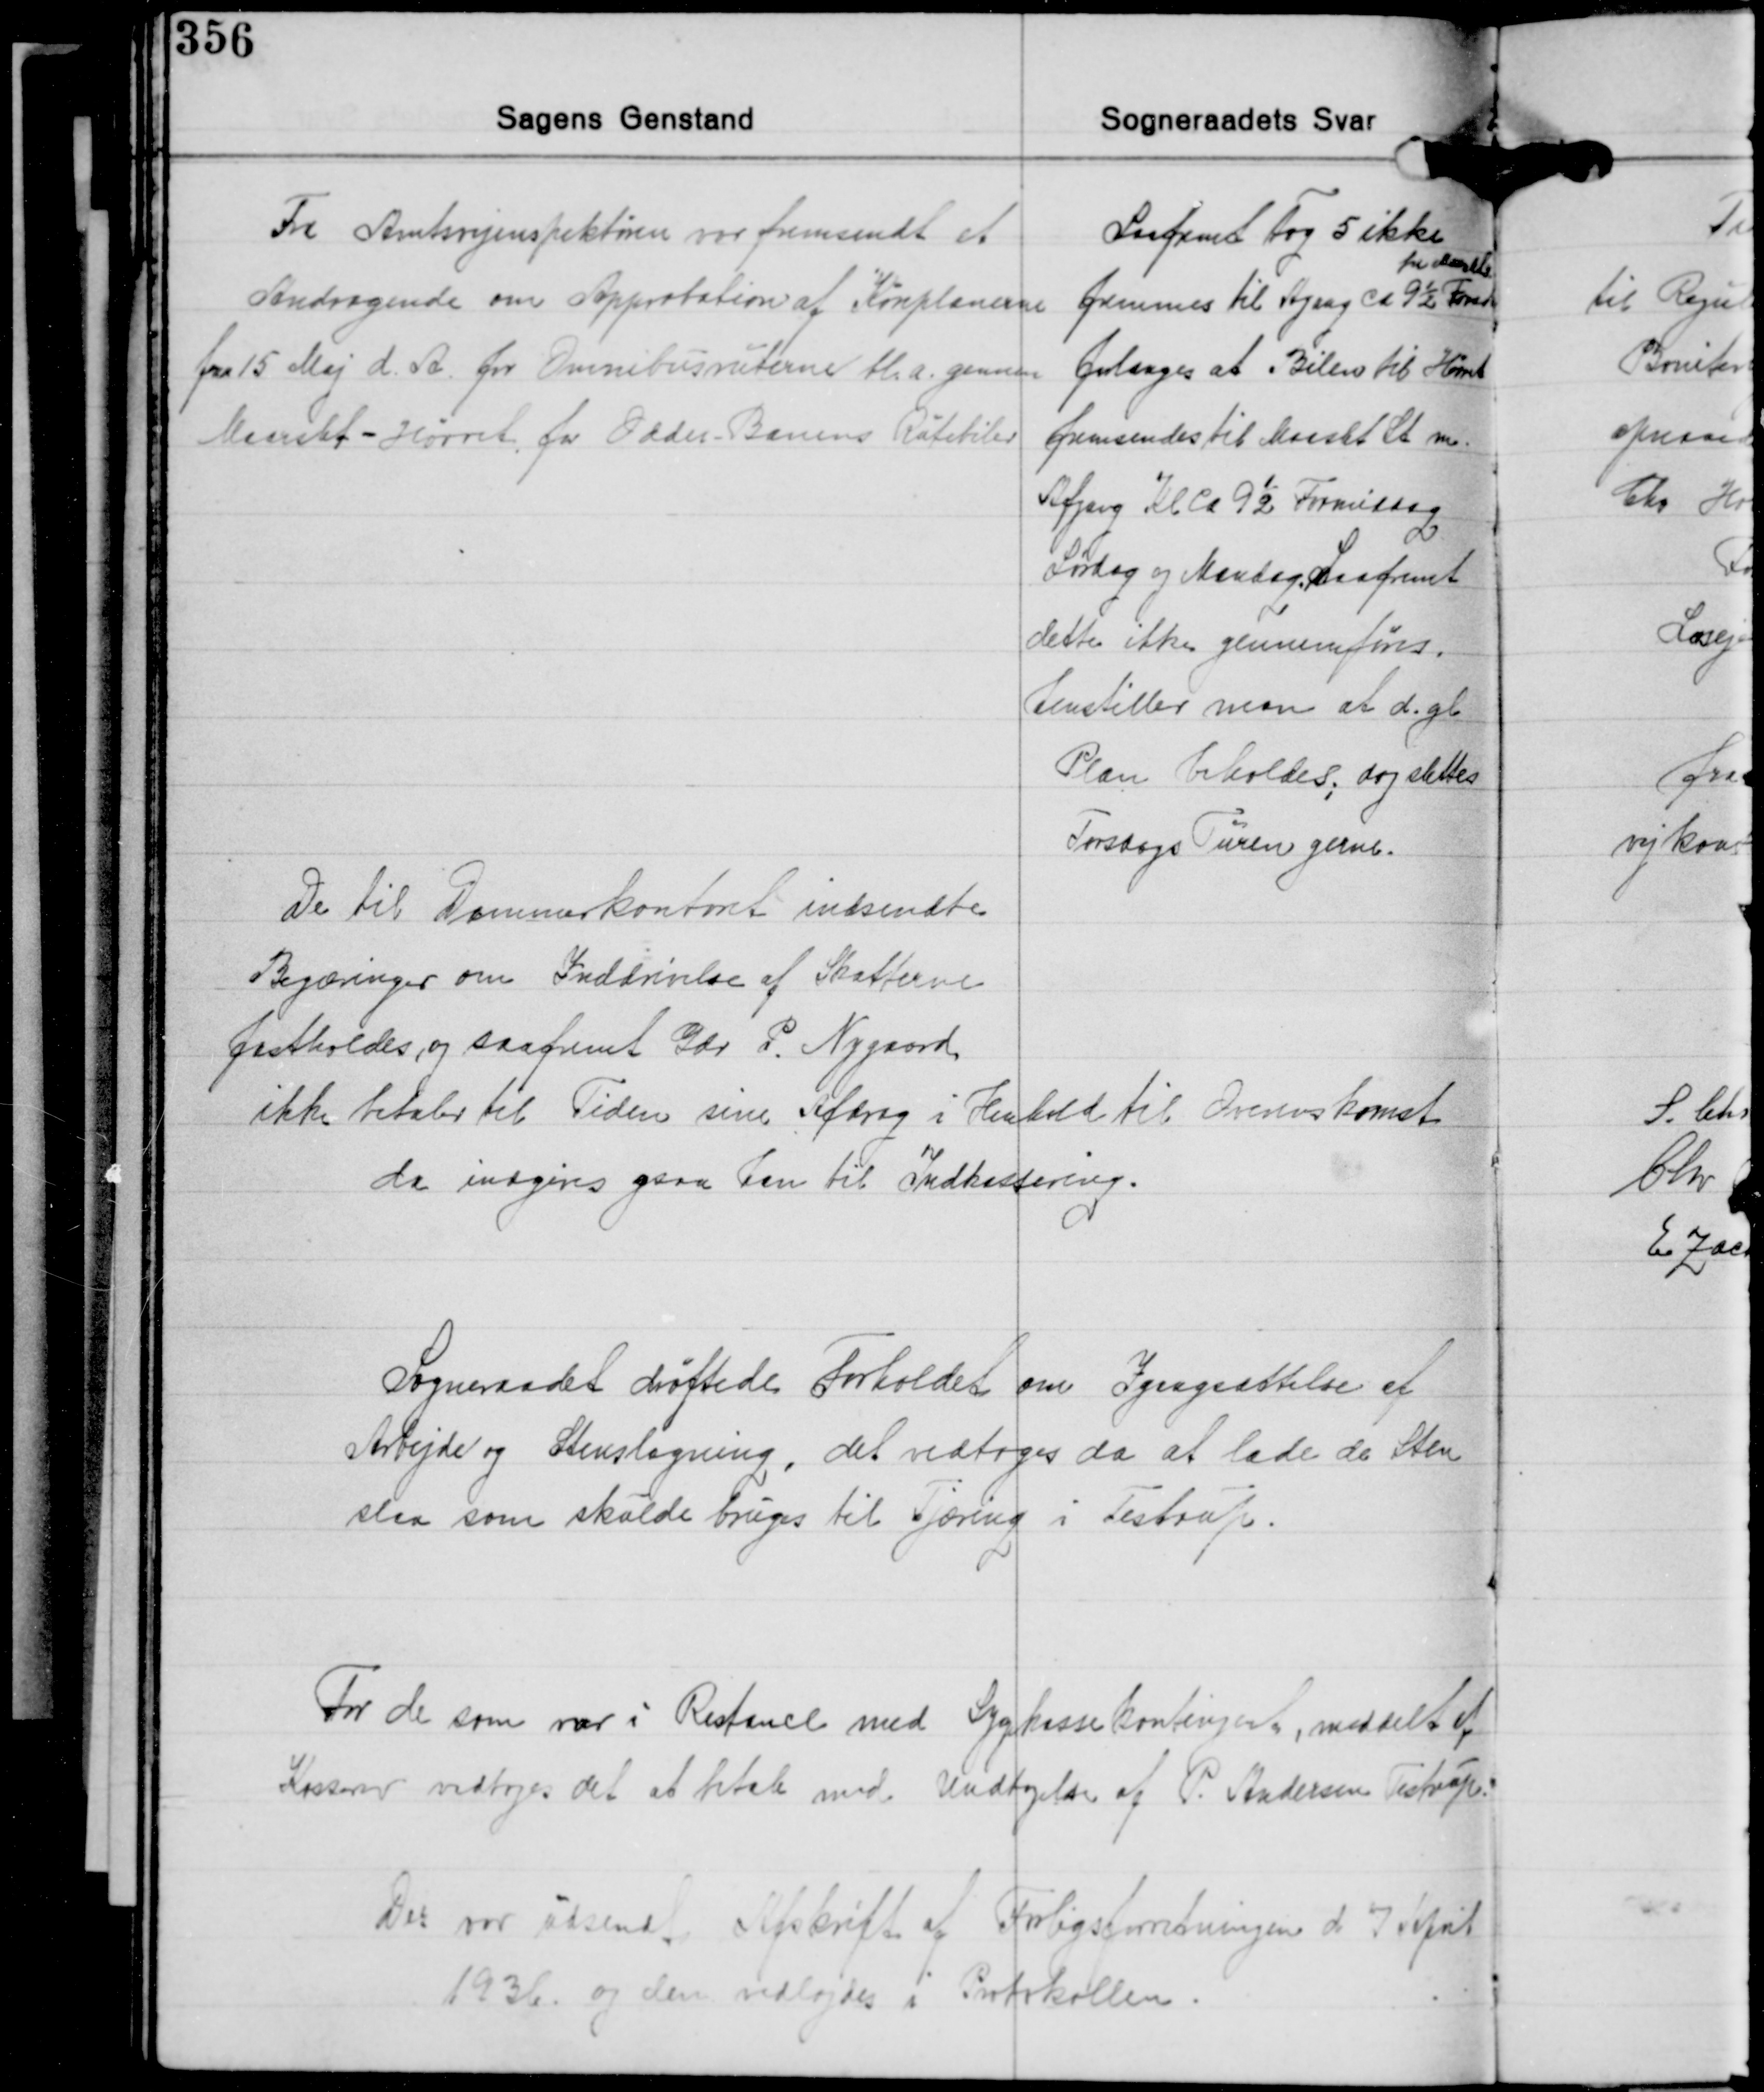
Transskription:
Fra Amtsvejinspektøren var fremsendt et
Andragende om Approbation af Køreplanerne
fra 15 Maj d. A. for Omnibusruterne bl.a. gennem
Maarslet-Hørret, for Odder-Banens Rutebiler.

Saafremt Tog 5 ikke
fra Maarslet
fremmes til Afgang ca 9½ Formiddag
forlanges at Bilen til Hørret
fremsendes til Maarslet St. m.
Afgang Kl. Ca. 9½ Formiddag
Lørdag og Mandag. Saafremt
dette ikke gennemføres,
henstiller man at d. gl.
Plan biholdes, dog slettes
Torsdags Turen gerne.

De til Dommerkontoret indsendte
Begæringer om Inddrivelse af Skatterne
fastholdes, og saafremt Gdr. P. Nygaard
ikke betaler til Tiden sine Afdrag i Henhold til Overenskomst
da indgives ogsaa han til Indkassering.

Sogneraadet drøftede forholdet om Igangsættelse af
Arbejde og Stenslagning, det vedtoges da at lade de Sten
staa som skulde bruges til Tjæring i Testrup.

For de som var i Restance med Sygekassekontinget, meddelt af
Kasserer vedtoges det at betale med Undtagelse af P. Andersen Testrup.

Der var udsendt Afskrift af Forligsforretningen d 7 April
1936 og den vedlagdes i Protokollen.